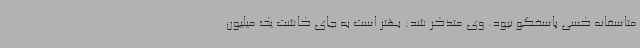
متاسفانه کسی پاسخگو نبود. وی متذکر شد: بهتر است به جای کاشت یک میلیون